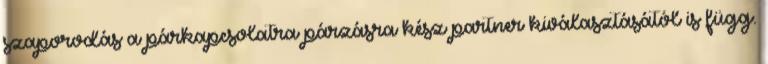
szaporodás a párkapcsolatra párzásra kész partner kiválasztásától is függ.